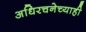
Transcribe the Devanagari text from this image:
अधिरचनेच्याही